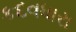
કદવધારા